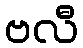
ဗလီ